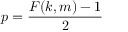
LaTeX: p = { \frac { F ( k , m ) - 1 } { 2 } }